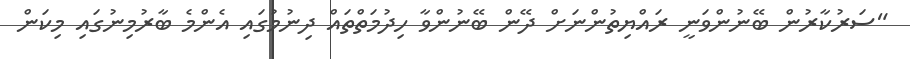
"ސަރުކާރުން ބޭނުންވަނީ ރައްޔިތުންނަށް ދޭން ބޭނުންވާ ހިދުމަތްތައް ދިނުމުގައި އެންމެ ބާރުމިނުގައި މިކަން